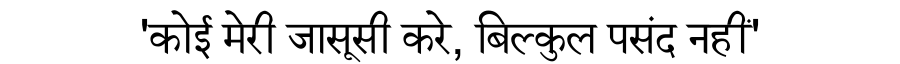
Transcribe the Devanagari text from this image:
'कोई मेरी जासूसी करे, बिल्कुल पसंद नहीं'